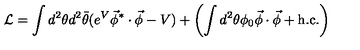
{ \cal L } = \int d ^ { 2 } \theta d ^ { 2 } \bar { \theta } ( e ^ { V } \vec { \phi } ^ { * } \cdot \vec { \phi } - V ) + \left( \int d ^ { 2 } \theta \phi _ { 0 } \vec { \phi } \cdot \vec { \phi } + \mathrm { h . c . } \right)